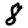
Digit: 8